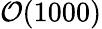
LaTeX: {\cal O}(1000)